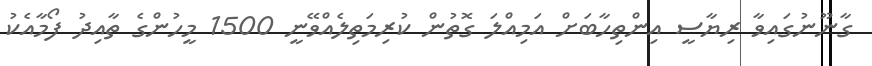
ގާނޫނުގައިވާ ރިޔާސީ އިންތިހާބަށް އަމިއްލަ ގޮތުން ކުރިމަތިލެއްވޭނީ 1500 މީހުންގެ ތާއިދު ފޯމާއެކު